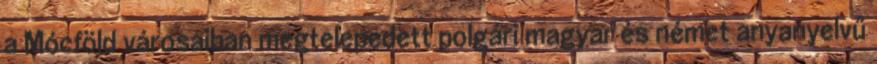
a Mócföld városaiban megtelepedett polgári magyar és német anyanyelvű